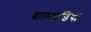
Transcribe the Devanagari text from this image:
बालवाड़ियां